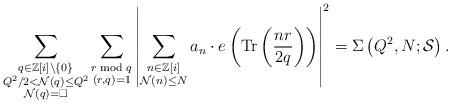
LaTeX: \begin{align*} \sum\limits_{\substack{q\in \mathbb{Z}[i]\setminus\{0\}\\ Q^2/2<\mathcal{N}(q)\le Q^2\\ \mathcal{N}(q)=\Box}} \sum\limits_{\substack{r \bmod{q}\\ (r,q)=1}} \left|\sum\limits_{\substack{n\in \mathbb{Z}[i]\\ \mathcal{N}(n)\le N}} a_n \cdot e\left(\mbox{\rm Tr}\left(\frac{nr}{2q}\right)\right)\right|^2 = \Sigma\left(Q^2,N;\mathcal{S}\right).\end{align*}